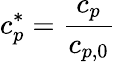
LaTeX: c_{p}^{*}=\frac{c_{p}}{c_{p,0}}